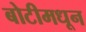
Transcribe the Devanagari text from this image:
बोटीमधून